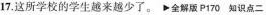
17.这所学校的学生越来越少了。▶全解版P170 知识点二